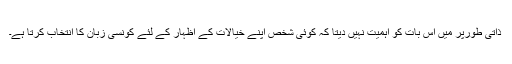
ذاتی طورپر میں اس بات کو اہمیت نہیں دیتا کہ کوئی شخص اپنے خیالات کے اظہار کے لئے کونسی زبان کا انتخاب کرتا ہے۔